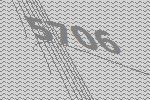
5706